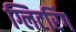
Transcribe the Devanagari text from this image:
ग्लिटरिंग